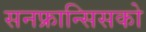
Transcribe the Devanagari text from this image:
सनफ्रान्सिसको